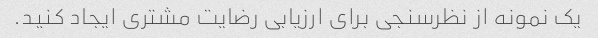
یک نمونه از نظرسنجی برای ارزیابی رضایت مشتری ایجاد کنید.